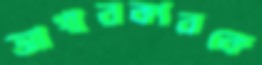
আগারকারকে